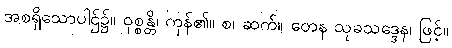
အစရှိသောပါဌ်၌။ ဝုစ္စန္တိ၊ ကုန်၏။ စ၊ ဆက်။ တေန သုခသဒ္ဒေန၊ ဖြင့်။